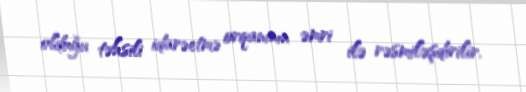
olduğu təhsili idarəetmə orqanının əmri ilə rəsmiləşdirilir.